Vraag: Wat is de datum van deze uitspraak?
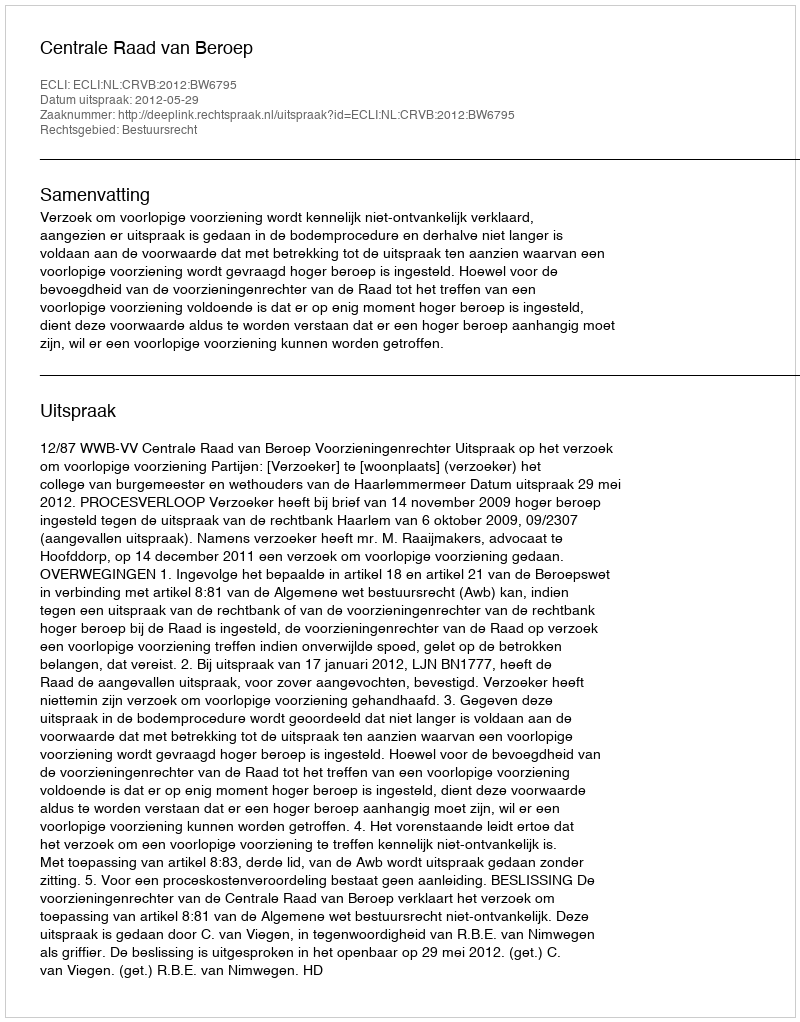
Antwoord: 2012-05-29